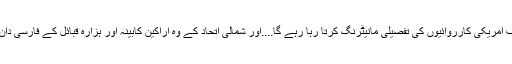
آنے والے دو برسوں میں پاکستان مختلف امریکی کارروائیوں کی تفصیلی مانیٹرنگ کرتا رہا رہے گا....اور شمالی اتحاد کے وہ اراکینِ کابینہ اور ہزارہ قبائل کے فارسی دان سب کے سب طالبان کی نظر میں ہیں۔